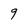
Character: g